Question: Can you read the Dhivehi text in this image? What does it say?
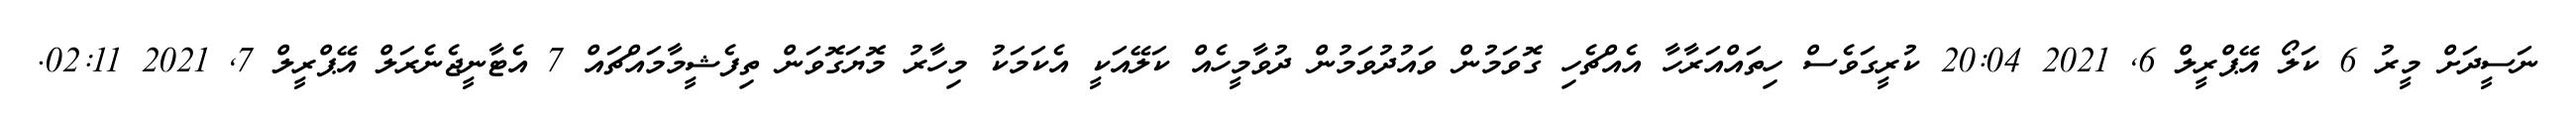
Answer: ނަސީދަށް މީރު 6 ކަލޯ އޭޕްރީލް 6, 2021 20:04 ކުރީގަވެސް ހިތައްއަރާހާ އެއްޗެހި ގޮވަމުން ވައުދުވަމުން ދުވާމީހެއް ކަލޭއަކީ އެކަމަކު މިހާރު މޮޔަގޮވަން ތިފެޝީމާމައްޗައް 7 އެޓާނީޖެނެރަލް އޭޕްރީލް 7, 2021 02:11.